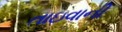
તાઇવાની